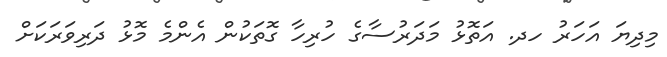
މިދިޔަ އަހަރު ހދ. އަތޮޅު މަދަރުސާގެ ހުރިހާ ގޮތަކުން އެންމެ މޮޅު ދަރިވަރަކަށް